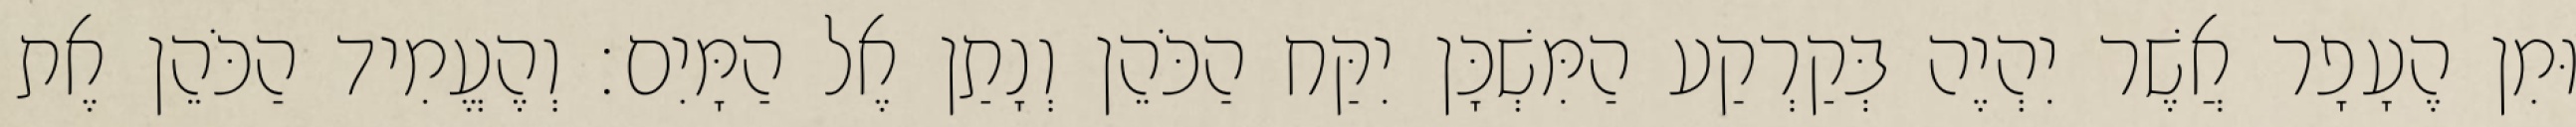
וּמִן הֶעָפָר אֲשֶׁר יִהְיֶה בְּקַרְקַע הַמִּשְׁכָּן יִקַּח הַכֹּהֵן וְנָתַן אֶל הַמָּיִם׃ וְהֶעֱמִיד הַכֹּהֵן אֶת